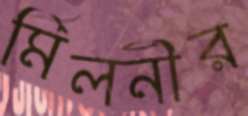
মিলনীর